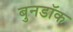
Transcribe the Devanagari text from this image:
बुनडॉक